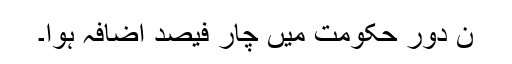
ن دور حکومت میں چار فیصد اضافہ ہوا۔